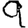
Digit: 9